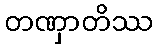
တဏှာတိဿ